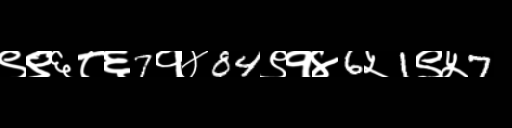
Text: ९९६८६7१४84९१४6५1९५7